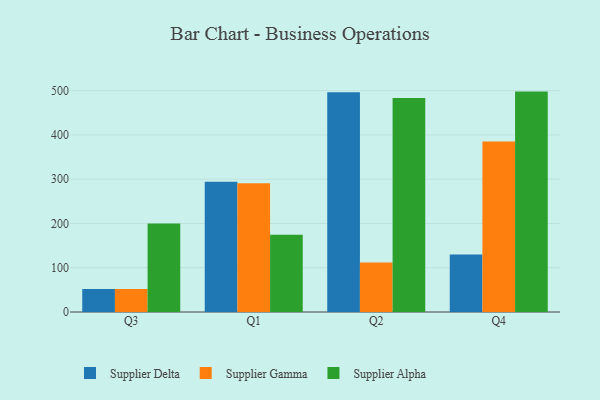
{"axis": {"x": "Quarter", "y": "Demand Index"}, "legend": ["Supplier Alpha", "Supplier Delta", "Supplier Gamma"], "data": [{"x": "Q3", "y": 51.9, "type": "Supplier Delta"}, {"x": "Q3", "y": 51.8, "type": "Supplier Gamma"}, {"x": "Q3", "y": 199.7, "type": "Supplier Alpha"}, {"x": "Q1", "y": 294.3, "type": "Supplier Delta"}, {"x": "Q1", "y": 290.9, "type": "Supplier Gamma"}, {"x": "Q1", "y": 174.3, "type": "Supplier Alpha"}, {"x": "Q2", "y": 496.7, "type": "Supplier Delta"}, {"x": "Q2", "y": 111.8, "type": "Supplier Gamma"}, {"x": "Q2", "y": 483.6, "type": "Supplier Alpha"}, {"x": "Q4", "y": 130.1, "type": "Supplier Delta"}, {"x": "Q4", "y": 384.9, "type": "Supplier Gamma"}, {"x": "Q4", "y": 497.9, "type": "Supplier Alpha"}]}